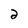
Character: 2